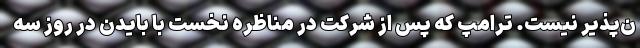
ن‌پذیر نیست. ترامپ که پس از شرکت در مناظره نخست با بایدن در روز سه